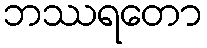
ဘဿရတော